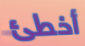
أخطئ